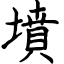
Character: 墳